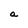
Character: a